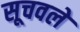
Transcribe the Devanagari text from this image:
सूचवले